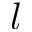
l